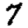
Digit: 7